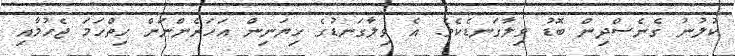
ކުލުނު ގެނެސްދިން ބޮޑު ވިލާގަނޑެކެވެ. އެ ވިލާގަނޑުގެ ހިޔަނިން އަހަރެންނަށް ހިތްހަމަ ޖެހުމާއި